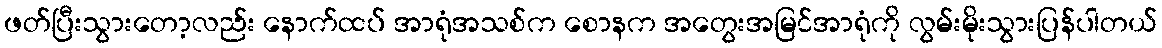
ဖတ်ပြီးသွားတော့လည်း နောက်ထပ် အာရုံအသစ်က စောနက အတွေးအမြင်အာရုံကို လွမ်းမိုးသွားပြန်ပါတယ်